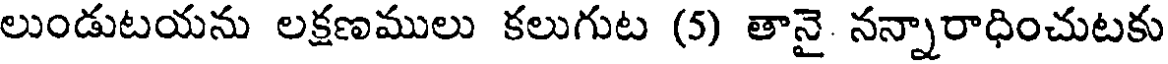
లుండుటయను లక్షణములు కలుగుట (5) తానై నన్నారాధించుటకు